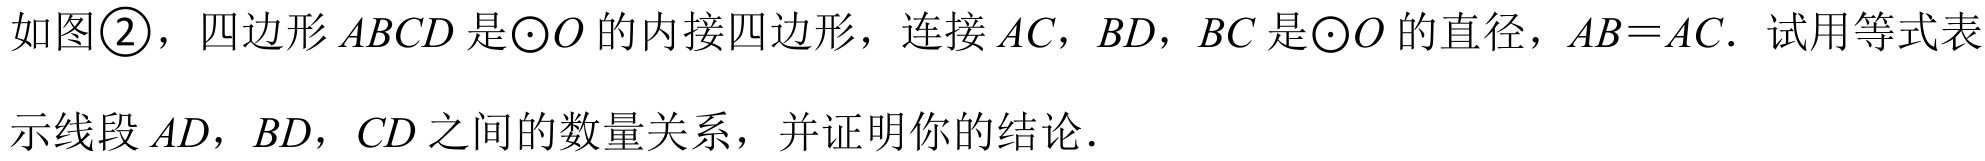
如图\textcircled{2}，四边形 \(ABCD\) 是\(\odot O\) 的内接四边形，连接 \(AC\)，\(BD\)，\(BC\) 是\(\odot O\) 的直径，\(AB = AC\)．试用等式表示线段 \(AD\)，\(BD\)，\(CD\) 之间的数量关系，并证明你的结论．